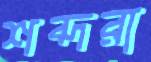
শব্দরা